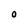
Character: 0